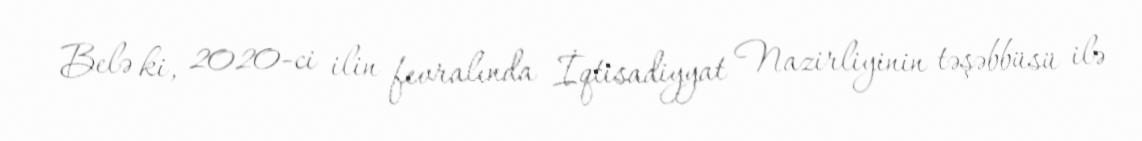
Belə ki, 2020-ci ilin fevralında İqtisadiyyat Nazirliyinin təşəbbüsü ilə